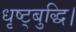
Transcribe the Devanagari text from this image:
धृष्ट्बुद्धि।